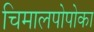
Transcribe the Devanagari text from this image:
चिमालपोपोका